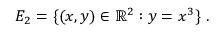
E _ { 2 } = \{ ( x , y ) \in \mathbb { R } ^ { 2 } : y = x ^ { 3 } \} \ .